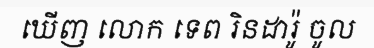
ឃើញ លោក ទេព រិនដារ៉ូ ចូល